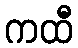
ကထီ